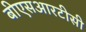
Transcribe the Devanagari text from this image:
बीएसआरटीसी